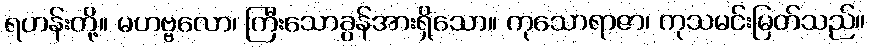
ရဟန်းတို့။ မဟဗ္ဗလော၊ ကြီးသောခွန်အားရှိသော။ ကုသောရာဇာ၊ ကုသမင်းမြတ်သည်။